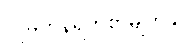
လူမှုကွန်ရက်စာမျက်နှာ